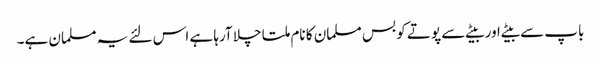
باپ سے بیٹے اور بیٹے سے پوتے کو بس مسلمان کا نام ملتا چلا آرہا ہے اس لئے یہ مسلمان ہے۔